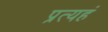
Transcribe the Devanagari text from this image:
प्रत्यहं